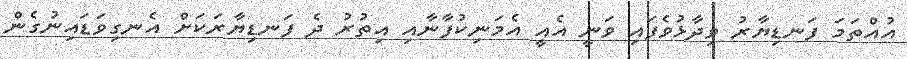
އުއްތަމަ ފަނޑިޔާރު ވިދާޅުވެފައި ވަނީ އެއީ އެމަނިކުފާނާއި އިތުރު ދެ ފަނޑިޔާރަކަށް އެނގިވަޑައިނުގެން